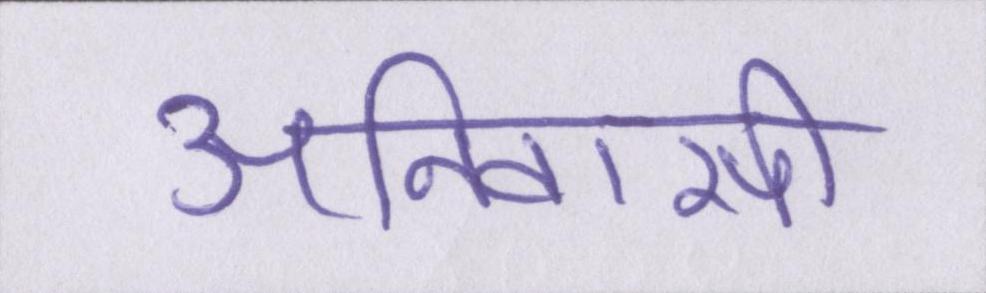
अनिवासी